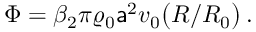
\Phi = \beta _ { 2 } \pi \varrho _ { 0 } { \sf a } ^ { 2 } v _ { 0 } \bigl ( R / R _ { 0 } \bigr ) \, .